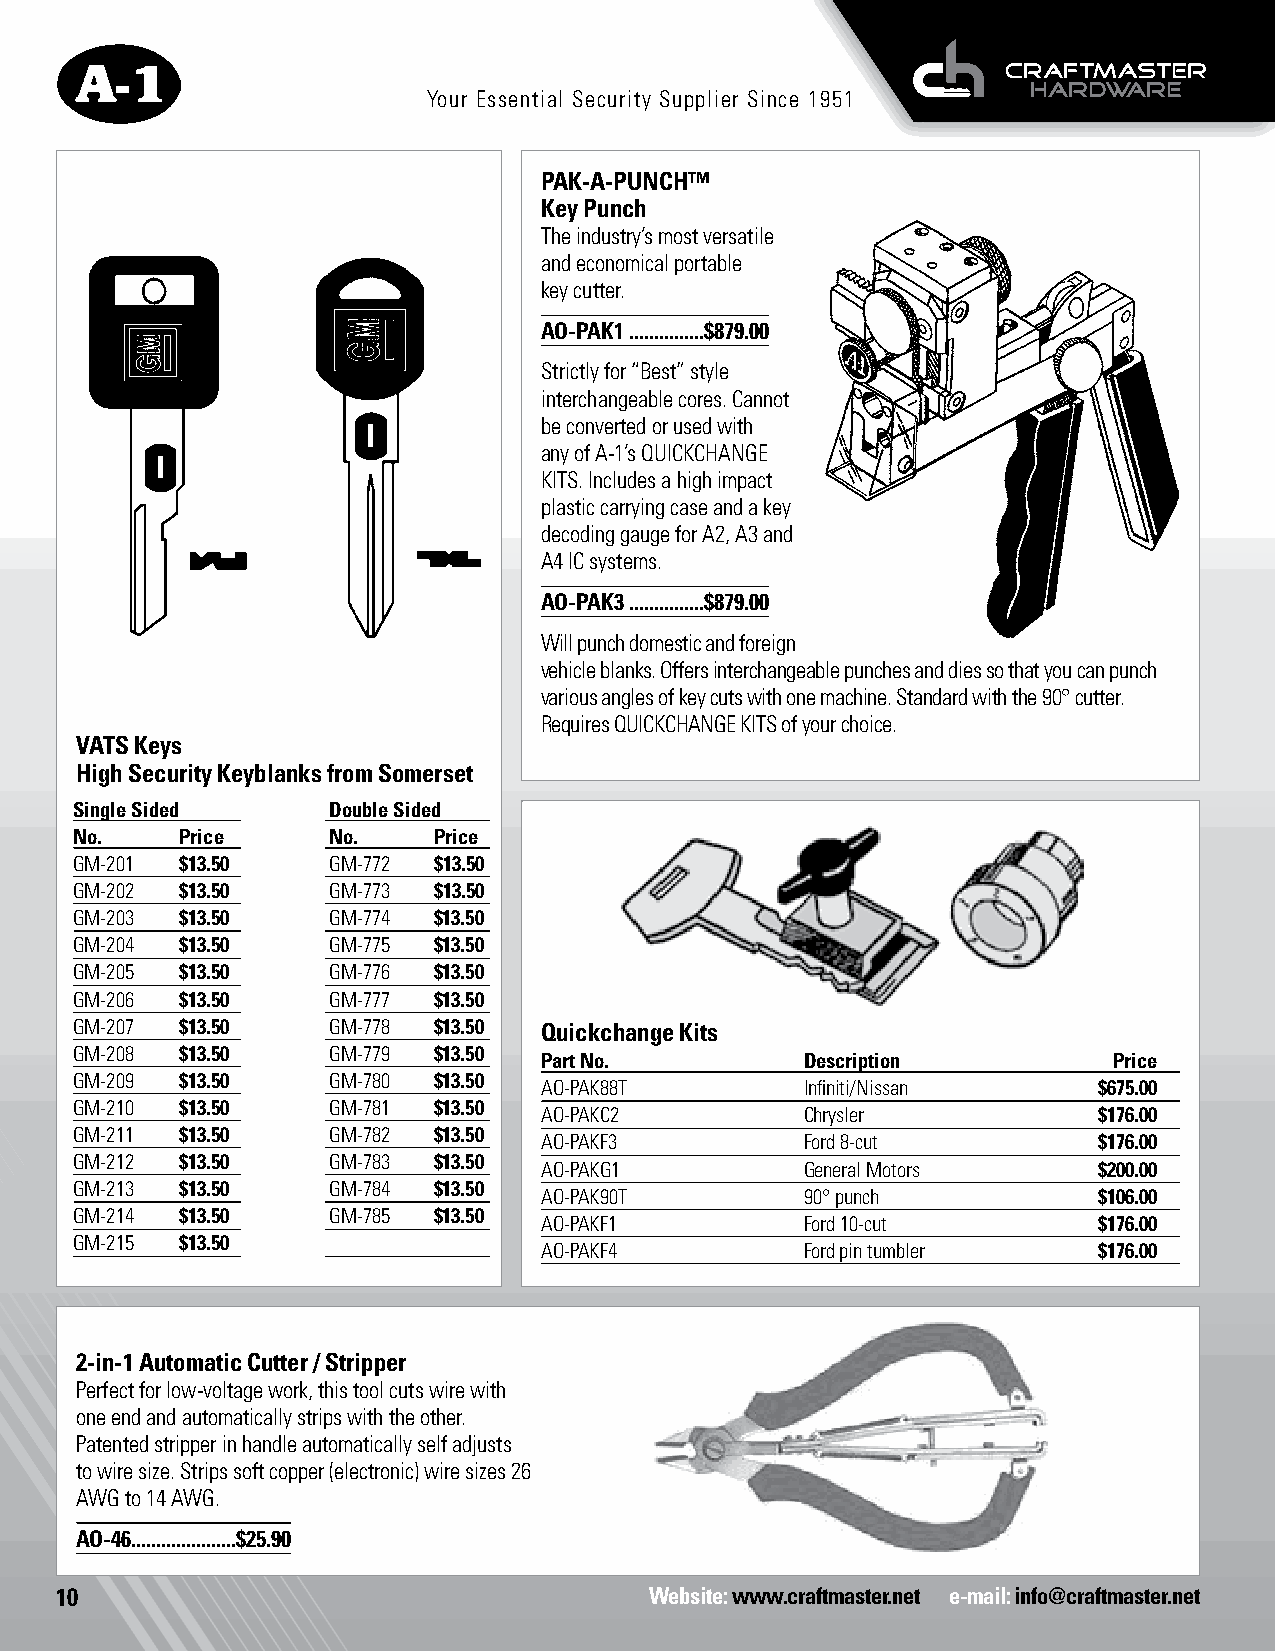
Your Essential Security Supplier Since 1951
 PAK-A-PUNCH™
 Key Punch
 The industry’s most versatile
 and economical portable
 key cutter.
 AO-PAK1 ...............$879.00
 Strictly for “Best” style
 interchangeable cores. Cannot
 be converted or used with
 any of A-1’s QUICKCHANGE
 KITS. Includes a high impact
 plastic carrying case and a key
 decoding gauge for A2, A3 and
 A4 IC systems.
 AO-PAK3 ...............$879.00
 Will punch domestic and foreign
 vehicle blanks. Offers interchangeable punches and dies so that you can punch
 various angles of key cuts with one machine. Standard with the 90° cutter.
 Requires QUICKCHANGE KITS of your choice.
 VATS Keys
 High Security Keyblanks from Somerset
 Single Sided     Double Sided
 No.    Price     No.    Price
 GM-201 $13.50    GM-772 $13.50
 GM-202 $13.50    GM-773 $13.50
 GM-203 $13.50    GM-774 $13.50
 GM-204 $13.50    GM-775 $13.50
 GM-205 $13.50    GM-776 $13.50
 GM-206 $13.50    GM-777 $13.50
 GM-207 $13.50    GM-778 $13.50 Quickchange Kits
 GM-208 $13.50    GM-779 $13.50
 Part No.         Description          Price
 GM-209 $13.50    GM-780 $13.50
 AO-PAK88T        Infiniti/Nissan     $675.00
 GM-210 $13.50    GM-781 $13.50
 AO-PAKC2         Chrysler            $176.00
 GM-211 $13.50    GM-782 $13.50
 AO-PAKF3         Ford 8-cut          $176.00
 GM-212 $13.50    GM-783 $13.50
 AO-PAKG1         General Motors      $200.00
 GM-213 $13.50    GM-784 $13.50
 AO-PAK90T        90° punch           $106.00
 GM-214 $13.50    GM-785 $13.50
 AO-PAKF1         Ford 10-cut         $176.00
 GM-215 $13.50
 AO-PAKF4         Ford pin tumbler    $176.00
 2-in-1 Automatic Cutter / Stripper
 Perfect for low-voltage work, this tool cuts wire with
 one end and automatically strips with the other.
 Patented stripper in handle automatically self adjusts
 to wire size. Strips soft copper (electronic) wire sizes 26
 AWG to 14 AWG.
 AO-46.....................$25.90
 10                                     Website: www.craftmaster.net e-mail: info@craftmaster.net